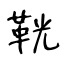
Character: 𩊠